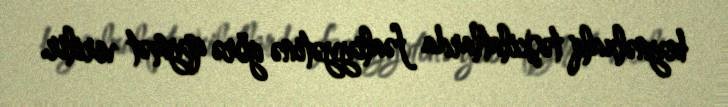
beynəlxalq təşkilatlarda fəaliyyətinə görə qiymət verilir.